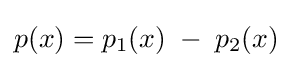
p(x)=p_{1}(x)\;-\;p_{2}(x)